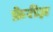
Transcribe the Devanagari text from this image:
फ़ेरीज़